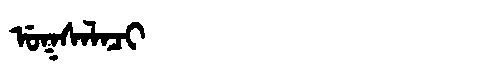
Manchu: ᡠᡴᠰᠠᠯᠠᠴᡳ
Romanization: UKSALACI